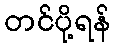
တင်ပို့ရန်